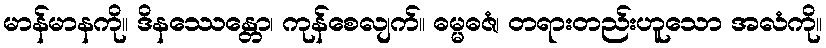
မာန်မာနကို။ ဒိနဿေန္တော၊ ကုန်စေလျက်။ ဓမ္မဓဇံ၊ တရားတည်းဟူသော အလံကို။